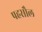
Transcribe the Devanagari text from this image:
पहसौल